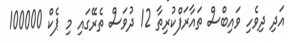
އަދި ދިވެހި ވައިބްސް ތައާރަފްކުރިތާ 12 ދުވަސް ތެރޭގައި މި ޕެކް 100000